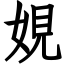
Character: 娊